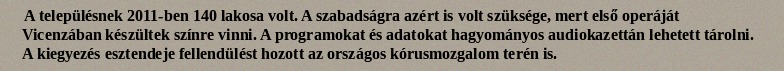
A településnek 2011-ben 140 lakosa volt. A szabadságra azért is volt szüksége, mert első operáját Vicenzában készültek színre vinni. A programokat és adatokat hagyományos audiokazettán lehetett tárolni. A kiegyezés esztendeje fellendülést hozott az országos kórusmozgalom terén is.